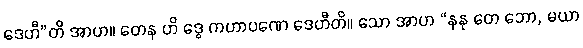
ဒေဟီ”တိ အာဟ။ တေန ဟိ ဒွေ ကဟာပဏေ ဒေဟီတိ။ သော အာဟ “နနု တေ ဘော, မယာ